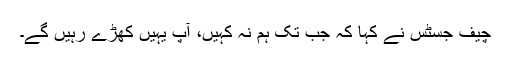
چیف جسٹس نے کہا کہ جب تک ہم نہ کہیں، آپ یہیں کھڑے رہیں گے۔